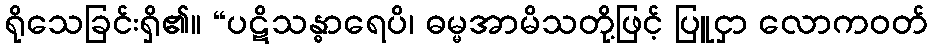
ရိုသေခြင်းရှိ၏။ “ပဋိသန္ဓာရေပိ၊ ဓမ္မအာမိသတို့ဖြင့် ပြူငှာ လောကဝတ်